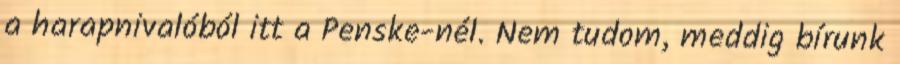
a harapnivalóból itt a Penske-nél. Nem tudom, meddig bírunk